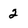
Character: 2